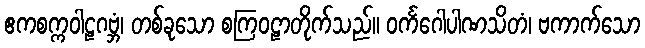
ဧကစက္ကဝါဠဂဗ္ဘံ၊ တစ်ခုသော စကြဝဠာတိုက်သည်။ ဝင်္ကဂေါပါဏသိတံ၊ ဗကာက်သော